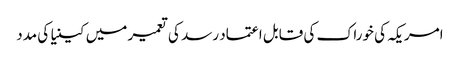
امریکہ کی خوراک کی قابل اعتماد رسد کی تعمیر میں کینیا کی مدد